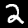
Digit: 2